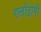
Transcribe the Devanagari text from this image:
एलॉट्रोपी